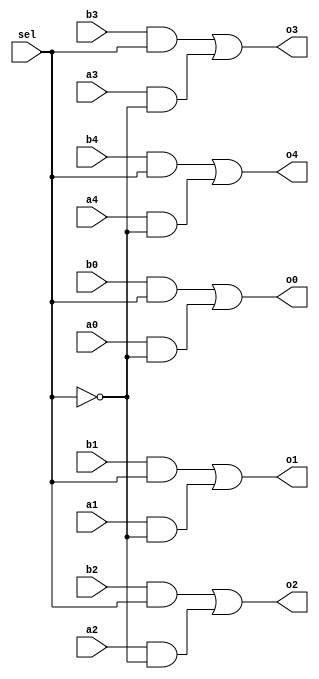
// Copyright (C) 1991-2013 Altera Corporation
// Your use of Altera Corporation's design tools, logic functions 
// and other software and tools, and its AMPP partner logic 
// functions, and any output files from any of the foregoing 
// (including device programming or simulation files), and any 
// associated documentation or information are expressly subject 
// to the terms and conditions of the Altera Program License 
// Subscription Agreement, Altera MegaCore Function License 
// Agreement, or other applicable license agreement, including, 
// without limitation, that your use is for the sole purpose of 
// programming logic devices manufactured by Altera and sold by 
// Altera or its authorized distributors.  Please refer to the 
// applicable agreement for further details.

// PROGRAM		"Quartus II 64-Bit"
// VERSION		"Version 13.0.1 Build 232 06/12/2013 Service Pack 1 SJ Web Edition"
// CREATED		"Sat Mar 06 16:59:51 2021"

module MUX_10t5(
	sel,
	a0,
	b0,
	a1,
	b1,
	a2,
	b2,
	a3,
	b3,
	a4,
	b4,
	o0,
	o1,
	o2,
	o3,
	o4
);


input wire	sel;
input wire	a0;
input wire	b0;
input wire	a1;
input wire	b1;
input wire	a2;
input wire	b2;
input wire	a3;
input wire	b3;
input wire	a4;
input wire	b4;
output wire	o0;
output wire	o1;
output wire	o2;
output wire	o3;
output wire	o4;

wire	SYNTHESIZED_WIRE_21;
wire	SYNTHESIZED_WIRE_1;
wire	SYNTHESIZED_WIRE_2;
wire	SYNTHESIZED_WIRE_22;
wire	SYNTHESIZED_WIRE_5;
wire	SYNTHESIZED_WIRE_6;
wire	SYNTHESIZED_WIRE_10;
wire	SYNTHESIZED_WIRE_11;
wire	SYNTHESIZED_WIRE_15;
wire	SYNTHESIZED_WIRE_16;
wire	SYNTHESIZED_WIRE_19;
wire	SYNTHESIZED_WIRE_20;




assign	SYNTHESIZED_WIRE_2 = a0 & SYNTHESIZED_WIRE_21;

assign	o0 = SYNTHESIZED_WIRE_1 | SYNTHESIZED_WIRE_2;

assign	SYNTHESIZED_WIRE_19 = b2 & SYNTHESIZED_WIRE_22;

assign	SYNTHESIZED_WIRE_6 = a3 & SYNTHESIZED_WIRE_21;

assign	o3 = SYNTHESIZED_WIRE_5 | SYNTHESIZED_WIRE_6;

assign	SYNTHESIZED_WIRE_5 = b3 & SYNTHESIZED_WIRE_22;

assign	SYNTHESIZED_WIRE_11 = a4 & SYNTHESIZED_WIRE_21;

assign	SYNTHESIZED_WIRE_10 = b4 & SYNTHESIZED_WIRE_22;

assign	o4 = SYNTHESIZED_WIRE_10 | SYNTHESIZED_WIRE_11;

assign	SYNTHESIZED_WIRE_21 =  ~sel;

assign	SYNTHESIZED_WIRE_22 =  ~SYNTHESIZED_WIRE_21;

assign	SYNTHESIZED_WIRE_1 = b0 & SYNTHESIZED_WIRE_22;

assign	SYNTHESIZED_WIRE_16 = a1 & SYNTHESIZED_WIRE_21;

assign	o1 = SYNTHESIZED_WIRE_15 | SYNTHESIZED_WIRE_16;

assign	SYNTHESIZED_WIRE_15 = b1 & SYNTHESIZED_WIRE_22;

assign	SYNTHESIZED_WIRE_20 = a2 & SYNTHESIZED_WIRE_21;

assign	o2 = SYNTHESIZED_WIRE_19 | SYNTHESIZED_WIRE_20;


endmodule